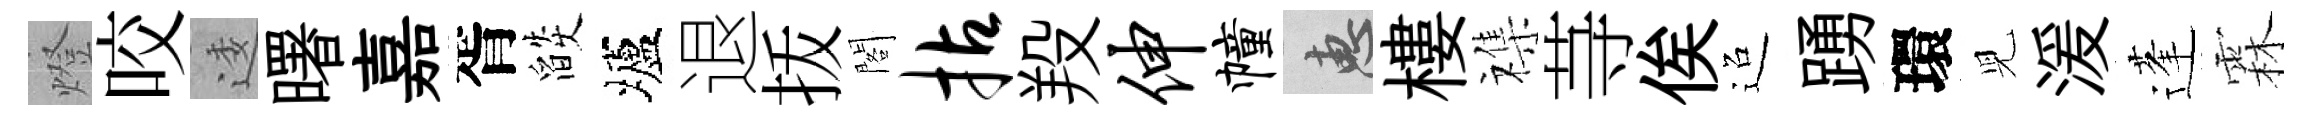
燈咬逶曙嘉胥燄壚退㧞閣拈羖伸幢惠樓襍䒭俟迢踴環児湲蓬霖